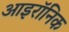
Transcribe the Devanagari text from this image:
आइरॉनिक